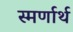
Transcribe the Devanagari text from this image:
स्मर्णार्थ